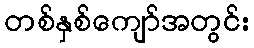
တစ်နှစ်ကျော်အတွင်း